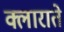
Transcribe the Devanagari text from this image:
क्लाराते